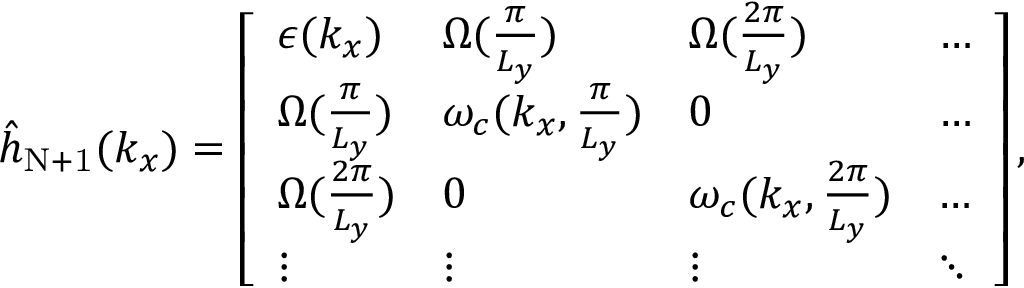
\begin{array} { r } { { \hat { h } } _ { \mathrm { N + 1 } } ( { k _ { x } } ) = \left[ \begin{array} { l l l l } { \epsilon ( k _ { x } ) } & { { \Omega } ( \frac { \pi } { L _ { y } } ) } & { { \Omega } ( \frac { 2 \pi } { L _ { y } } ) } & { \hdots } \\ { { \Omega } ( \frac { \pi } { L _ { y } } ) } & { \omega _ { c } ( { k _ { x } , \frac { \pi } { L _ { y } } } ) } & { 0 } & { \hdots } \\ { { \Omega } ( \frac { 2 \pi } { L _ { y } } ) } & { 0 } & { \omega _ { c } ( { k _ { x } , \frac { 2 \pi } { L _ { y } } } ) } & { \hdots } \\ { \vdots } & { \vdots } & { \vdots } & { \ddots } \end{array} \right] , } \end{array}